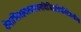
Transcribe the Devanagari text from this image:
वेषाभिलक्ष्यस्वभवनविजिताशेषवित्तेशकोषा